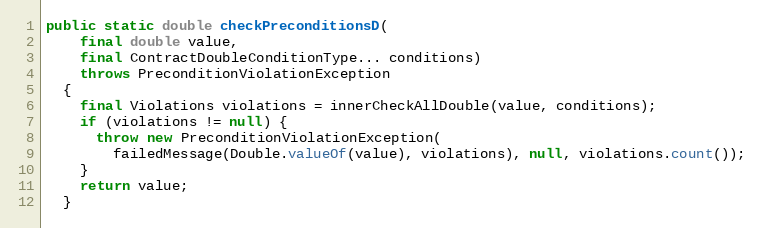
Language: Java
public static double checkPreconditionsD(
    final double value,
    final ContractDoubleConditionType... conditions)
    throws PreconditionViolationException
  {
    final Violations violations = innerCheckAllDouble(value, conditions);
    if (violations != null) {
      throw new PreconditionViolationException(
        failedMessage(Double.valueOf(value), violations), null, violations.count());
    }
    return value;
  }